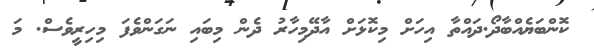
ކޮންބަޔެއްބާދޯ.ދައްތާ އިހަށް މިކޮޅަށް އާދޭމިހާރު ދެން މިބައި ނަގަންވެފަ މިހިރީވެސް. މަ